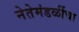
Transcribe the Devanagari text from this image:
नेतेमंडळींचा